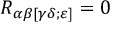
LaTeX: R _ { \alpha \beta [ \gamma \delta ; \varepsilon ] } = 0